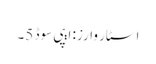
اسٹار وارز: ایپی سوڈ 5۔